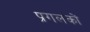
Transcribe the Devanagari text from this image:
प्रगलकों